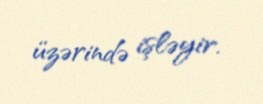
üzərində işləyir.